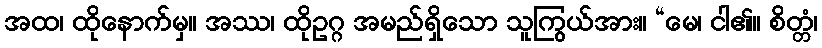
အထ၊ ထိုနောက်မှ။ အဿ၊ ထိုဥဂ္ဂ အမည်ရှိသော သူကြွယ်အား။ “မေ၊ ငါ၏။ စိတ္တံ၊